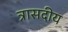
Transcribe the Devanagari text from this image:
त्रासदीय